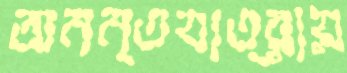
অনন্তযাত্রায়